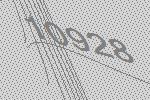
10928